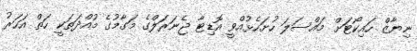
ނިޔާޒް ހައިކޯޓަށް މައްސަލަ ހުށަހެޅުއްވީ އޮޑިޓާ ޖެނަރަލްގެ މަގާމުގެ މުއްދަތަކީ ހަތް އަހަރު